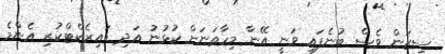
ސީޒަން ވެސް ބުނެފައި ވަނީ އޭނާ މިހާތަނަށް ކުޅުނު އަދި ޑައިރެކްޓްކުރި އެންމެ